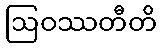
ဩဝဿတီတိ